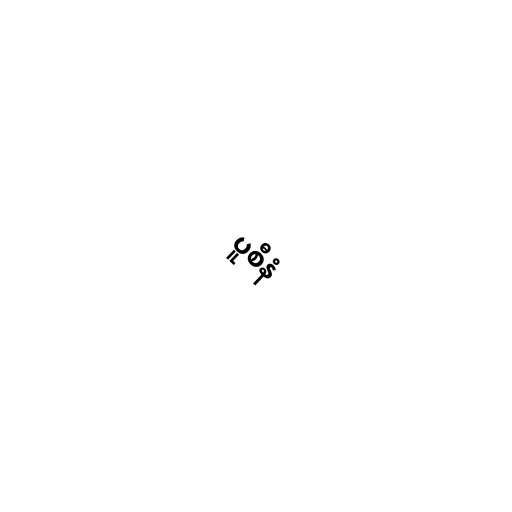
ပူစီနံ